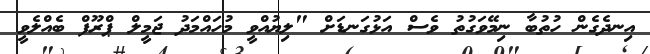
އިނދެގެން ހުތުބާ ނިމޭވަގުތު ވެސް އަޅުގަނޑަށް "ލިޔުއްވީ މުހައްމަދު ޖަމީލް ޕްރޫފް ބެއްލެވީ